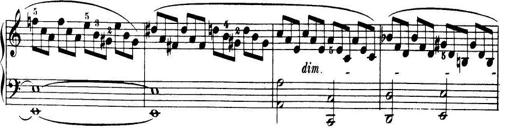
Title: 32 Sonatinas and Rondos for the Piano
Composer: Richard Kleinmichel